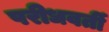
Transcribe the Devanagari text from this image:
परीधवर्ती